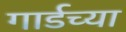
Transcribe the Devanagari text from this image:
गार्डच्या